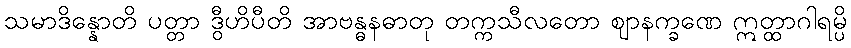
သမာဒိန္နောတိ ပတ္တာ ဒွီဟိပီတိ အာဗန္ဓနဓာတု တက္ကသီလတော ဈာနက္ခဏေ ဣတ္ထာဂါရမ္ပိ